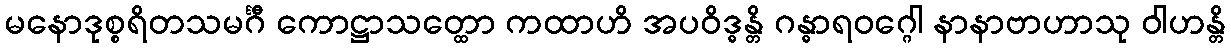
မနောဒုစ္စရိတသမင်္ဂီ ကောဋ္ဌာသတ္ထော ကထာဟိ အပဝိဒ္ဓန္တိ ဂန္ဓာရဝဂ္ဂေါ နာနာဗာဟာသု ဝါဟန္တိ